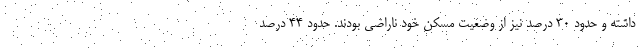
داشته و حدود ۳۰ درصد نیز از وضعیت مسکن خود ناراضی بودند. حدود ۴۴ درصد